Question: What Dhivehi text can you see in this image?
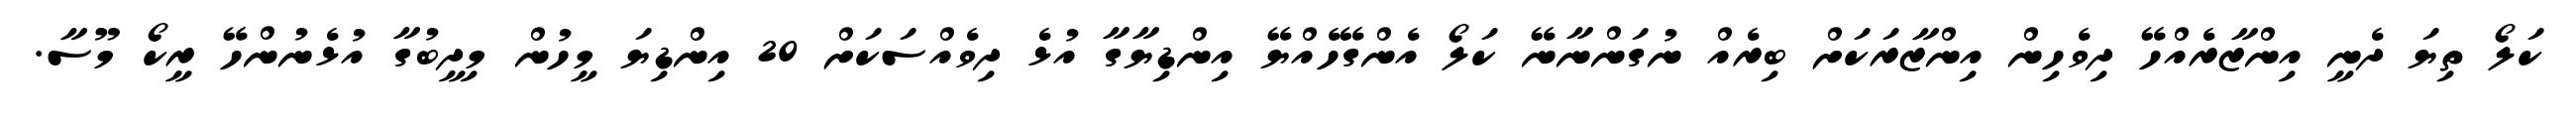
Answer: ކަލޯ ތިޔަ ދެނީ އިންޒާރެއްހޭ ދިވެހިން އިންޒާރަކަށް ބިރެއް ނުގަންނާނޭ ކަލޯ އެންގޭހެއްޔޭ އިންޑިޔާގާ އުޅެ ދިވެއްސަކަށް 20 އިންޑިޔަ މީހުން މިދީބުގާ އުޅެނުންހޭ ރީކޯ މޫސާ.